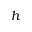
h